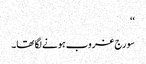
‘‘
سورج غروب ہونے لگا تھا۔